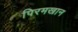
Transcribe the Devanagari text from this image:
पिरमखान